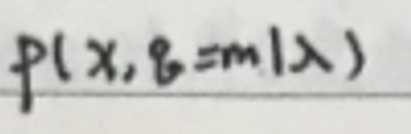
$p ( x, \theta = m \vert x )$